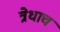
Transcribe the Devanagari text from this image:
त्रेधाच